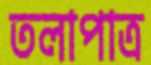
তলাপাত্র